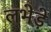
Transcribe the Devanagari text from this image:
लभेड़े